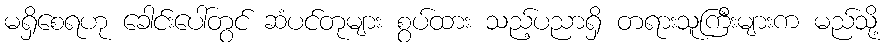
မရှိစေရဟု ခေါင်းပေါ်တွင် ဆံပင်တုများ စွပ်ထား သည့်ပညာရှိ တရားသူကြီးများက မည်သို့